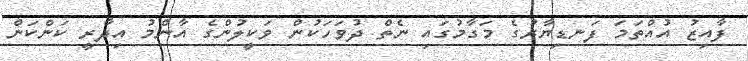
ފާއިޒު އުއްތަމަ ފަނޑިޔާރުގެ މަގާމުގައި ނެތް ދުވަހަކުން ވަކީލުންގެ އާންމު އިދާރީ ކަންކަން